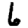
Digit: 6